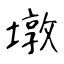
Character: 墩